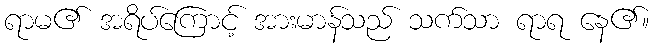
ရာမ၏ အရိပ်ကြောင့် အားမာန်သည် သက်သာ ရာရ နေ၏။